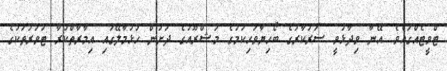
ޓްވީޓެއްގައެވެ. އޭނާ ވިދާޅުވީ ސަރުކާރުގެ ބޯހިޔާވަހިކަމުގެ މަޝްރޫއުގެ ދަށުން ހުޅުމާލޭގައި އިމާރާތްކުރާ ޓަވަރުތަކުގެ